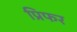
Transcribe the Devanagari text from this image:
प्रिफर